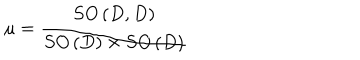
\mu = \frac { S O \left( D , D \right) } { S O \left( D \right) \times S O \left( D \right) }